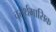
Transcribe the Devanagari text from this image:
चतुर्थमासिक